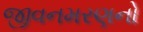
જીવનમરણનો